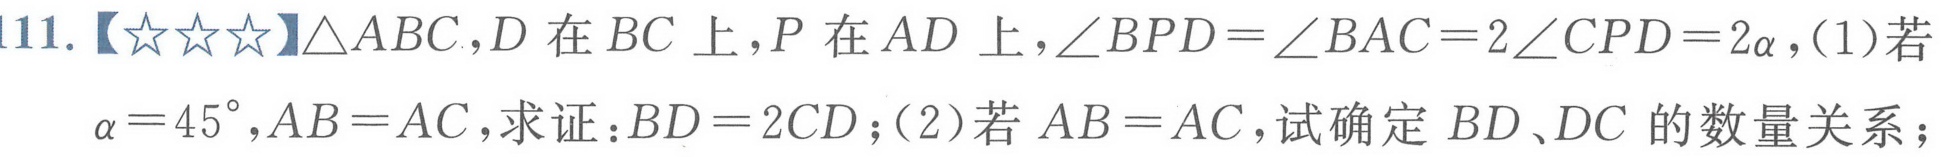
11.【★★★】\(\triangle ABC\)，\(D\)在\(BC\)上，\(P\)在\(AD\)上，\(\angle BPD=\angle BAC = 2\angle CPD = 2\alpha\)，(1)若
\(\alpha = 45^{\circ},AB = AC\)，求证：\(BD = 2CD\)；(2)若\(AB = AC\)，试确定\(BD\)、\(DC\)的数量关系；